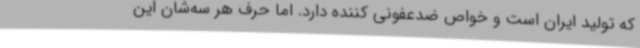
که تولید ایران است و خواص ضدعفونی کننده دارد. اما حرف هر سه‌شان این